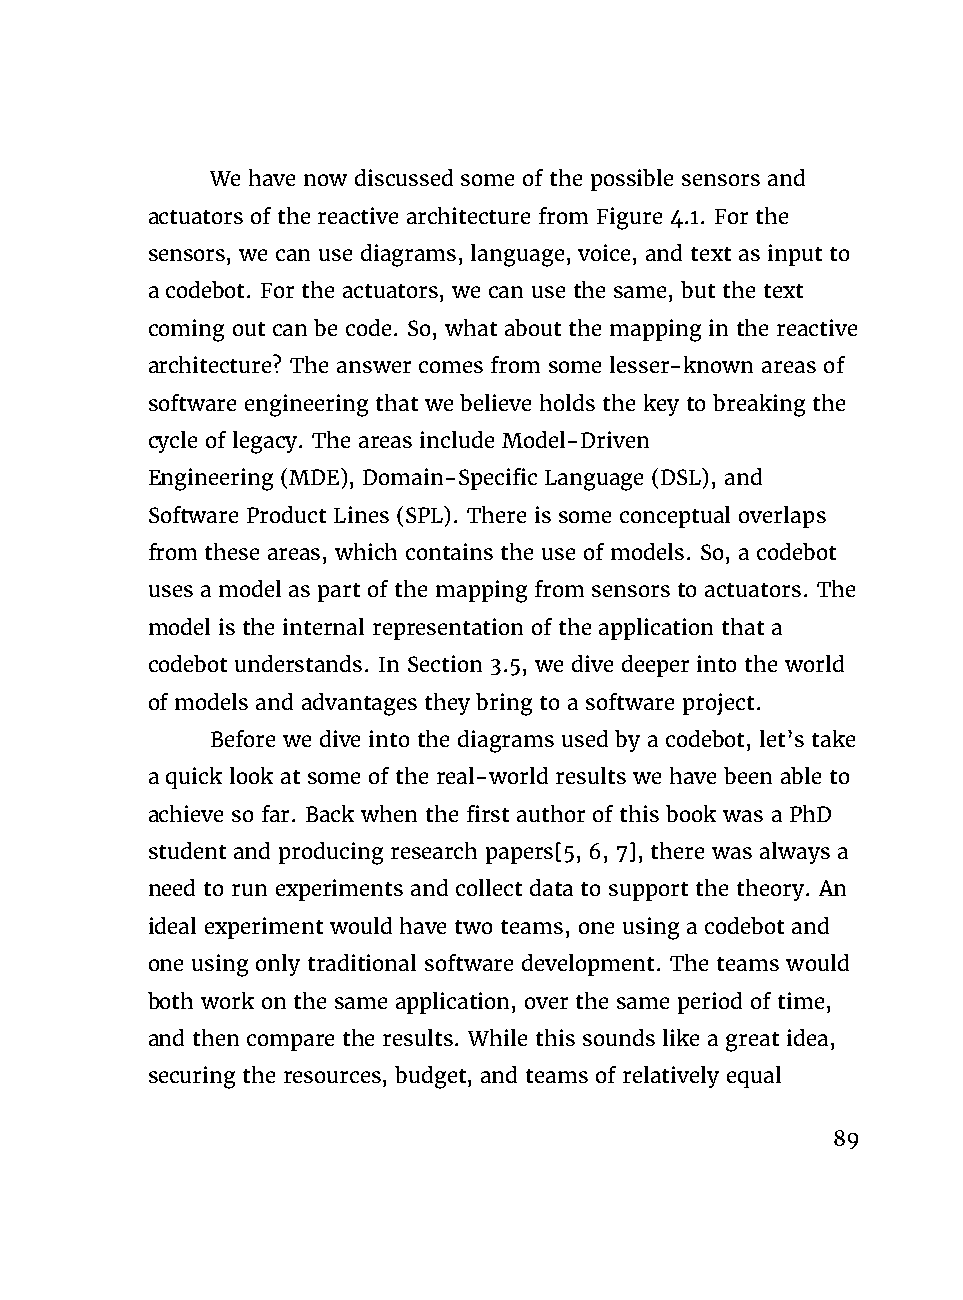
We have now discussed some of the possible sensors and
 actuators of the reactive architecture from Figure 4.1. For the
 sensors, we can use diagrams, language, voice, and text as input to
 a codebot. For the actuators, we can use the same, but the text
 coming out can be code. So, what about the mapping in the reactive
 architecture? The answer comes from some lesser-known areas of
 software engineering that we believe holds the key to breaking the
 cycle of legacy. The areas include Model-Driven
 Engineering (MDE), Domain-Specific Language (DSL), and
 Software Product Lines (SPL). There is some conceptual overlaps
 from these areas, which contains the use of models. So, a codebot
 uses a model as part of the mapping from sensors to actuators. The
 model is the internal representation of the application that a
 codebot understands. In Section 3.5, we dive deeper into the world
 of models and advantages they bring to a software project.
 Before we dive into the diagrams used by a codebot, let’s take
 a quick look at some of the real-world results we have been able to
 achieve so far. Back when the first author of this book was a PhD
 student and producing research papers[5, 6, 7], there was always a
 need to run experiments and collect data to support the theory. An
 ideal experiment would have two teams, one using a codebot and
 one using only traditional software development. The teams would
 both work on the same application, over the same period of time,
 and then compare the results. While this sounds like a great idea,
 securing the resources, budget, and teams of relatively equal
 89